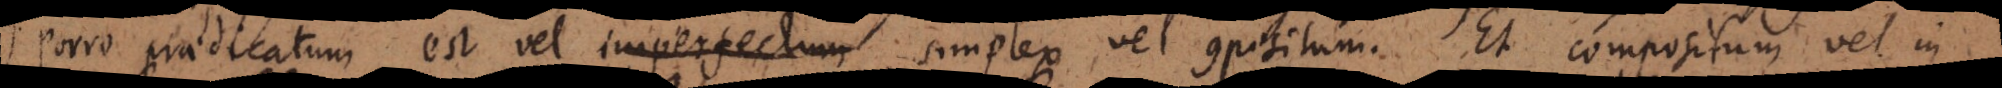
Porro praedicatum est vel imperfectum simplex vel compositum. Et compositum vel in